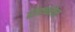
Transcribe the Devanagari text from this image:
रोफ्य्नोल